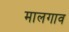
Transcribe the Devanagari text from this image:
मालगाव